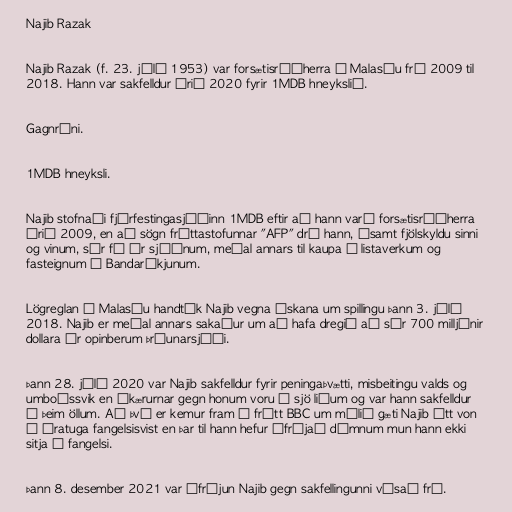
Najib Razak

Najib Razak (f. 23. júlí 1953) var forsætisráðherra í Malasíu frá 2009 til
2018. Hann var sakfelldur árið 2020 fyrir 1MDB hneykslið.

Gagnrýni.

1MDB hneyksli.

Najib stofnaði fjárfestingasjóðinn 1MDB eftir að hann varð forsætisráðherra
árið 2009, en að sögn fréttastofunnar "AFP" dró hann, ásamt fjölskyldu sinni
og vinum, sér fé úr sjóðnum, meðal annars til kaupa á listaverkum og
fasteignum í Bandaríkjunum.

Lögreglan í Malasíu handtók Najib vegna áskana um spillingu þann 3. júlí
2018. Najib er meðal annars sakaður um að hafa dregið að sér 700 milljónir
dollara úr opinberum þróunarsjóði.

Þann 28. júlí 2020 var Najib sak­felldur fyrir peningaþvætti, mis­beitingu valds og
um­boðs­svik en á­kærurnar gegn honum voru í sjö liðum og var hann sak­felldur
í þeim öllum. Að því er kemur fram í frétt BBC um málið gæti Najib átt von
á ára­tuga fangelsis­vist en þar til hann hefur á­frýjað dómnum mun hann ekki
sitja í fangelsi.

Þann 8. desember 2021 var áfrýjun Najib gegn sakfellingunni vísað frá.